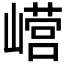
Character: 𫶕